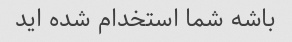
باشه شما استخدام شده اید